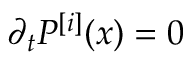
\partial _ { t } P ^ { [ i ] } ( x ) = 0